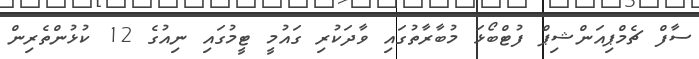
ސާފް ޗެމްޕިއަންޝިޕް ފުޓްބޯޅަ މުބާރާތުގައި ވާދަކުރި ގައުމީ ޓީމުގައި ނިއުގެ 12 ކުޅުންތެރިން